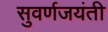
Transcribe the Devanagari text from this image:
सुवर्णजयंती